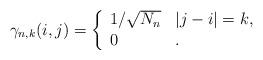
LaTeX: \begin{align*}\gamma_{n,k}(i,j)=\left\{\begin{array}{ll}1/\sqrt{N_n} & |j-i|=k, \\0 & . \end{array}\right.\end{align*}